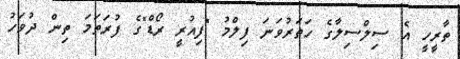
ތާރީހީ އެ ސިލްސިލާގެ ހަތަރުވަނަ ފިލްމު "ފިއުރީ ރޯޑް"ގެ ފުރަތަމަ ތިން ދުވަހު